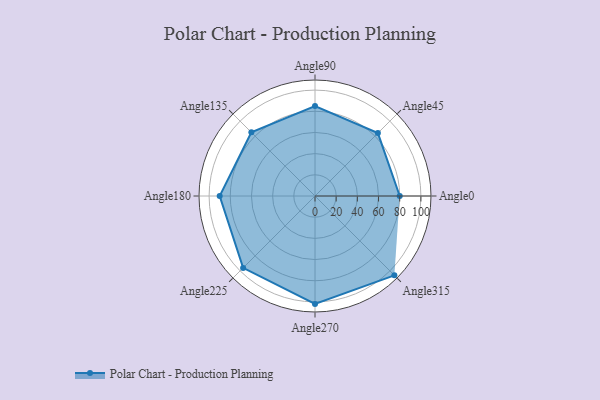
{"axis": {"x": "Angle", "y": "Radius"}, "legend": [""], "data": [{"x": "Angle0", "y": 80.0, "type": ""}, {"x": "Angle45", "y": 84.0, "type": ""}, {"x": "Angle90", "y": 85.0, "type": ""}, {"x": "Angle135", "y": 85.0, "type": ""}, {"x": "Angle180", "y": 90.0, "type": ""}, {"x": "Angle225", "y": 96.0, "type": ""}, {"x": "Angle270", "y": 102.0, "type": ""}, {"x": "Angle315", "y": 106.0, "type": ""}]}